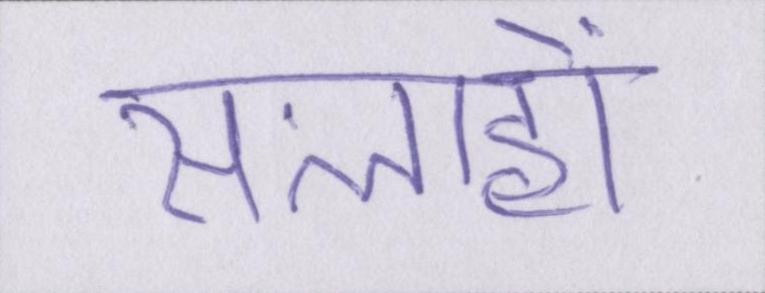
सलाहों